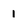
Character: 1